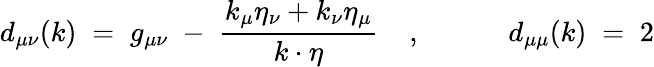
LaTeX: d_{\mu\nu}(k)\; =\; g_{\mu\nu}\; -\; \frac{k_{\mu}\eta_{\nu}+k_{\nu}\eta_{\mu}}{k\cdot\eta}\; \; \; \; ,\; \; \; \; \; \; \; \; \; \; \; d_{\mu\mu}(k)\; =\; 2